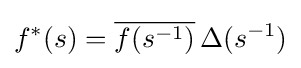
f^{*}(s)={\overline {f(s^{-1})}}\,\Delta (s^{-1})